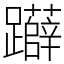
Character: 𨇨